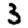
Digit: 3